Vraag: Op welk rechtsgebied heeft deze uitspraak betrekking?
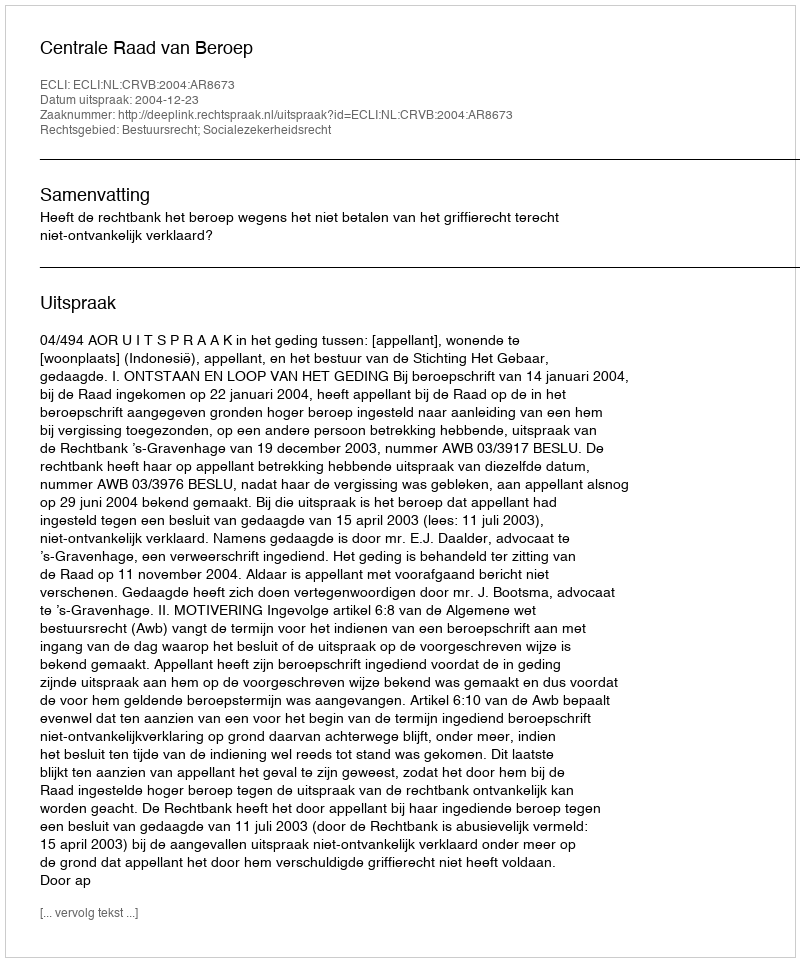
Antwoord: Bestuursrecht; Socialezekerheidsrecht